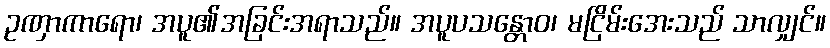
ဥဏှာကာရော၊ အပူ၏အခြင်းအရာသည်။ အပူပသန္တောဝ၊ မငြိမ်းအေးသည် သာလျှင်။